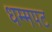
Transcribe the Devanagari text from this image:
धम्मपट